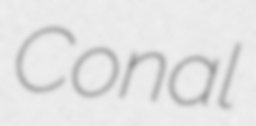
Conal